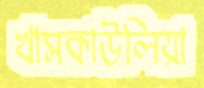
খাসকাউলিয়া